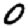
Digit: 0